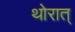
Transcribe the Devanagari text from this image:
थोरात्